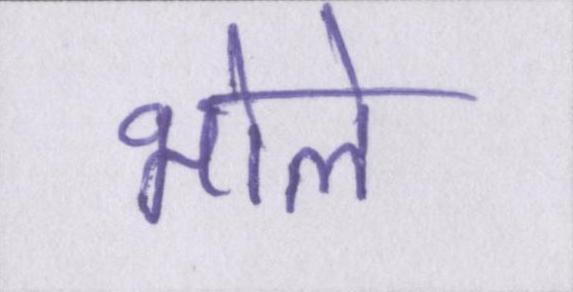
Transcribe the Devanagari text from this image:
भोले